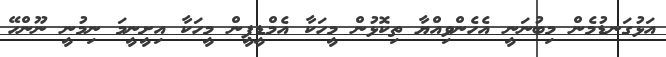
އަޅުގަނޑުމެން މިބުނަނީ އެހެންވިއްޔާ ތިކޮޅުން މީހަކާ އެމްޑީޕީން މީހަކާ އިށީނީމަ ނިމުނީ ނޫންހޭ